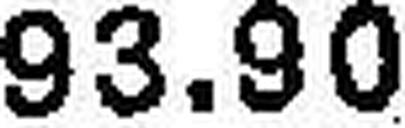
93.90